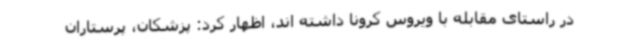
در راستای مقابله با ویروس کرونا داشته اند، اظهار کرد: پزشکان، پرستاران